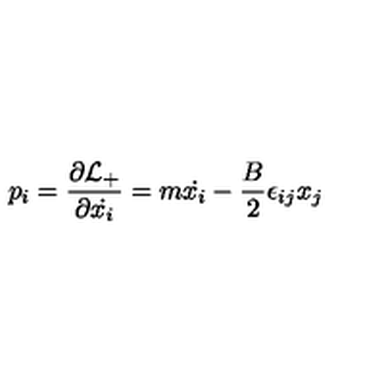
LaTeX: p _ { i } = \frac { \partial { \cal L } _ { + } } { \partial { \dot { x _ { i } } } } = m { \dot { x _ { i } } } - \frac { B } { 2 } \epsilon _ { i j } x _ { j }